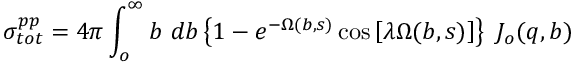
\sigma _ { t o t } ^ { p p } = 4 \pi \int _ { o } ^ { \infty } b \ d b \left\{ 1 - e ^ { - \Omega ( b , s ) } \cos \left[ \lambda \Omega ( b , s ) \right] \right\} \ J _ { o } ( q , b )